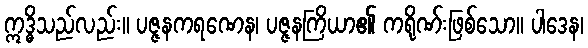
ဣဒ္ဓိသည်လည်း။ ပဇ္ဇနကရဏေန၊ ပဇ္ဇနကြိယာ၏ ကရိုဏ်းဖြစ်သော။ ပါဒေန၊